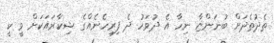
ތެދުތެދަށް ބުނަންޏާ ނިހާ އެ ދުވަހު ދެ ފިރިހެނެއްގެ ޝިކާރައަކަށް ވީ ކީ